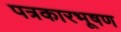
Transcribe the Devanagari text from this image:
पत्रकारभूषण